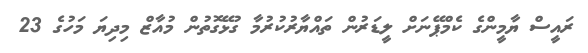
ރައީސް ޔާމީންގެ ކެމްޕޭނަށް ލީޑަރުން ތައްޔާރުކުރުމާ ގުޅޭގޮތުން މުއާޒް މިދިޔަ މަހުގެ 23